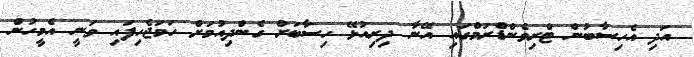
އަދި އެހިސާބުން ޓްރިވެންޑްރަމްގައި އޭނާ ދިރިއުޅޭ ހިސާބަށް ގެންދިއުމަށް ހަމަޖެހިފައި ވަނީ އެމީހުން